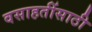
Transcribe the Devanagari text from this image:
वसाहतींसाठी